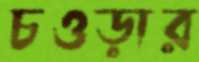
চওড়ার